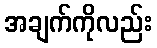
အချက်ကိုလည်း